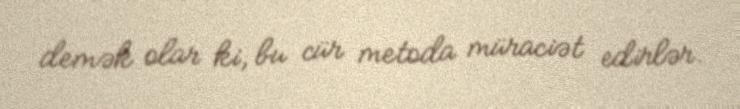
demək olar ki, bu cür metoda müraciət edirlər.